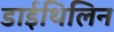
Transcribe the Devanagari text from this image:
डाईथिलिन